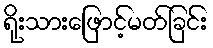
ရိုးသားဖြောင့်မတ်ခြင်း